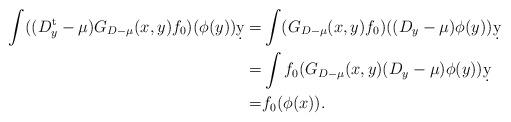
LaTeX: \begin{align*} \int ((D_y^{\rm t}-\mu) G_{D-\mu}(x,y) f_0)(\phi(y)) \d y=& \int (G_{D-\mu}(x,y) f_0)( (D_y-\mu) \phi(y))\d y\\ =& \int f_0 (G_{D-\mu}(x,y) (D_y-\mu) \phi(y))\d y\\ =& f_0(\phi(x)).\end{align*}